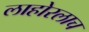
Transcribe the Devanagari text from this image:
लाहोरलाच